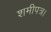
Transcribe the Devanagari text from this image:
शमीपत्र।